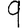
Digit: 9